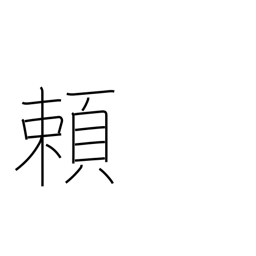
Meaning: trust